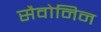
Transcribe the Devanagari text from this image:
सैवोनिन